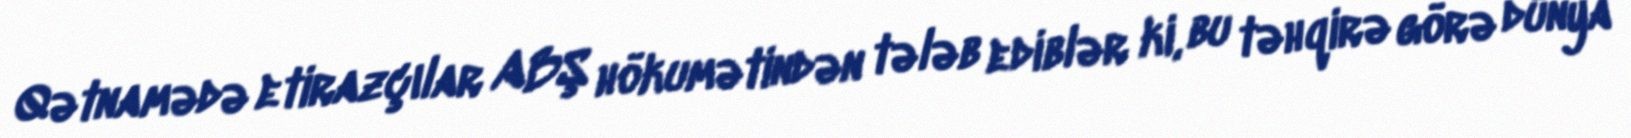
Qətnamədə etirazçılar ABŞ hökumətindən tələb ediblər ki, bu təhqirə görə dünya